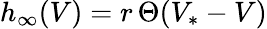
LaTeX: h_{\infty}(V)=r\, \Theta(V_{*}-V)